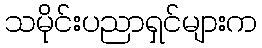
သမိုင်းပညာရှင်များက